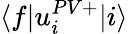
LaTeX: \langle f|u_{i}^{PV+}|i\rangle